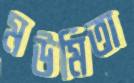
মউমিতা